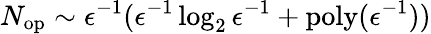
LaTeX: N_{\mathrm{op}}\sim\epsilon^{-1}(\epsilon^{-1}\log_{2}\epsilon^{-1}+\mathrm{poly}(\epsilon^{-1}))